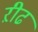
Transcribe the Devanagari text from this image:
ऱीढ